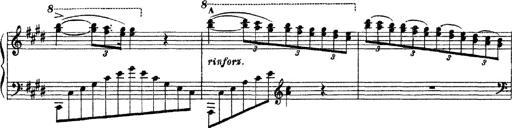
Title: 3 sonetti di Petrarca
Composer: Franz Liszt